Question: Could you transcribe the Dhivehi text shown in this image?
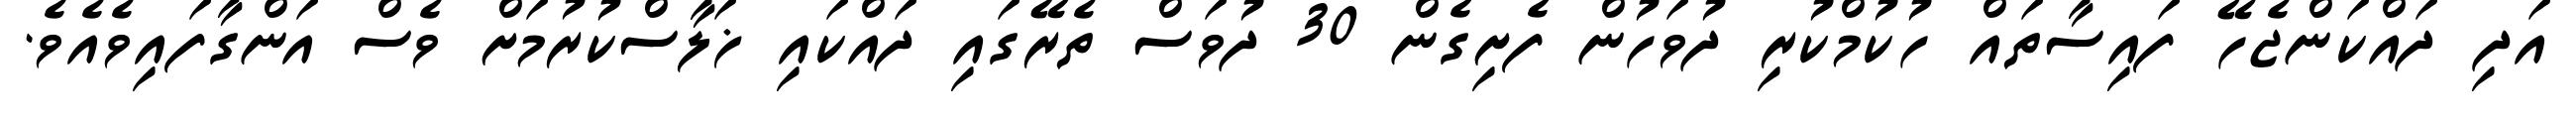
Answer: އަދި ދައްކަންޖެހޭ ފައިސާތައް ހުކުމްކުރި ދުވަހުން ފެށިގެން 30 ދުވަސް ތެރޭގައި ދައްކައި ޚަލާސްކުރުމަށް ވެސް އަންގާފައިވެއެވެ.